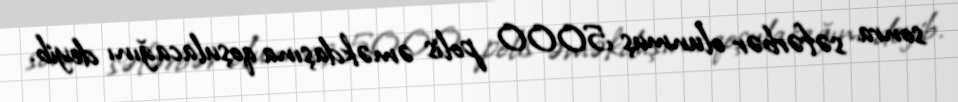
sonra səfərbər olunmuş 5000 polis əməkdaşına qoşulacağını deyib.